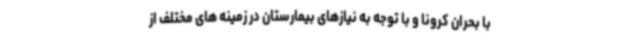
با بحران کرونا و با توجه به نیازهای بیمارستان در زمینه های مختلف از